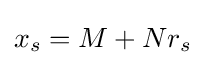
x_{s}=M+Nr_{s}